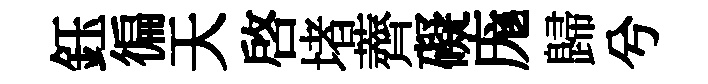
鈺徧天啓堵薺礙庬歸兮